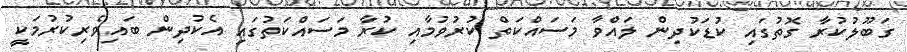
ގަބޫލުކުރާ ގޮތުގައި ކުޑަކުދިން ލައްވާ މަސައްކަތް ކުރުވުމާއި ކުރާ މަސައްކަތުގައި އެކުދިން ބައިވެރިކުރުމަކީ